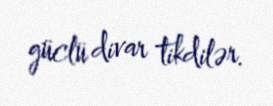
güclü divar tikdilər.